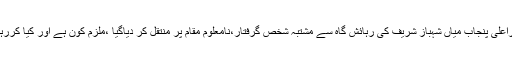
وزیراعلیٰ پنجاب میاں شہباز شریف کی رہائش گاہ سے مشتبہ شخص گرفتار،نامعلوم مقام پر منتقل کر دیاگیا ،ملزم کون ہے اور کیا کررہاتھا؟